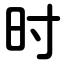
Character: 时